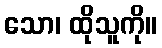
သော၊ ထိုသူကို။